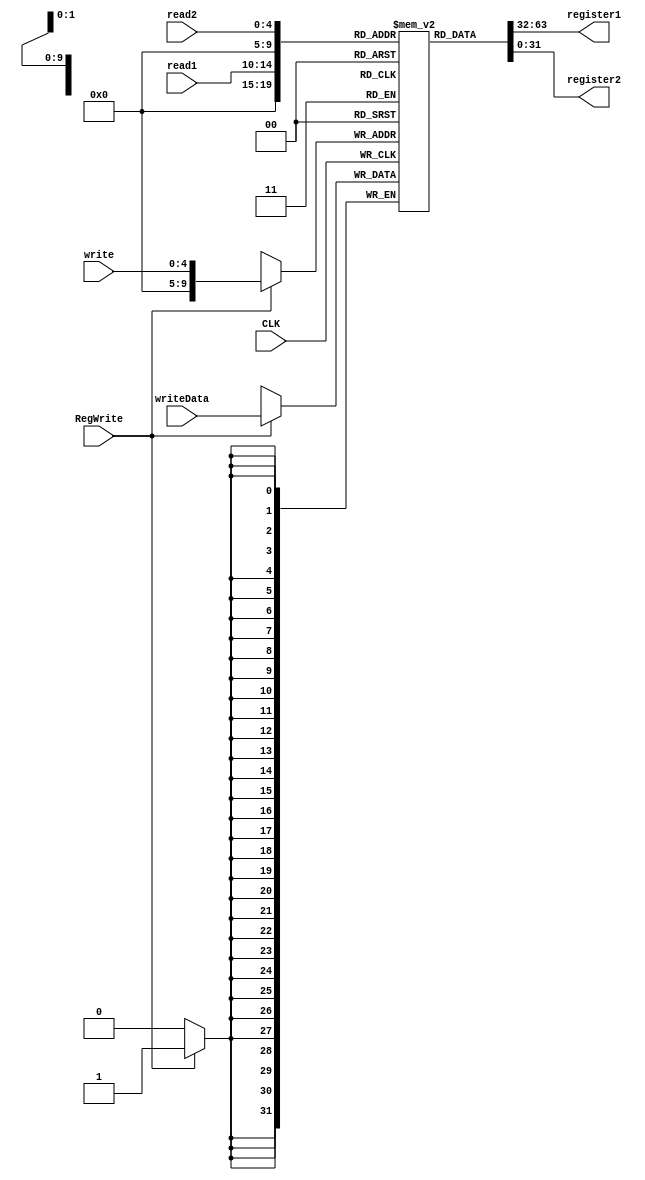
`timescale 1ns / 1ps
//////////////////////////////////////////////////////////////////////////////////
// Company: 
// Engineer: 
// 
// Design Name: 
// Module Name:    RegisterFile 
// Project Name: 
// Target Devices: 
// Tool versions: 
// Description: 
//
// Dependencies: 
//
// Revision: 
// Revision 0.01 - File Created
// Additional Comments: 
//
//////////////////////////////////////////////////////////////////////////////////
module RegisterFile(
    input CLK,
    input [4:0] read1,
    input [4:0] read2,
    input [31:0] writeData,
    input RegWrite,
	 input [4:0] write,
    output reg[31:0] register1,
    output reg[31:0] register2
    );
			reg [31:0] registers[1023:0];
			always @*
					begin
						register1 <= registers[read1];
						register2 <= registers[read2];
					end
			always @(posedge CLK)
					begin
						if(RegWrite)
							begin
								registers[write] <= writeData ;
							end	
					end
endmodule